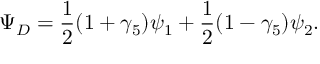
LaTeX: \Psi _ { D } = \frac { 1 } { 2 } ( 1 + \gamma _ { 5 } ) \psi _ { 1 } + \frac { 1 } { 2 } ( 1 - \gamma _ { 5 } ) \psi _ { 2 } .